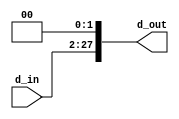
module shl2_26bit (d_in, d_out);
  input [25:0] d_in;
  output [27:0] d_out;
  
  assign d_out = {d_in  , 2'b0};
  
endmodule